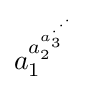
a_{1}^{a_{2}^{a_{3}^{\cdot ^{\cdot ^{\cdot }}}}}